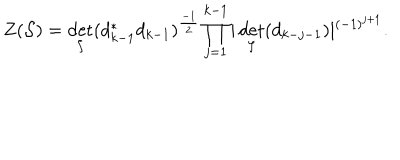
Z ( { \cal S } ) = \det _ { \zeta } ( d _ { k - 1 } ^ { * } d _ { k - 1 } ) ^ { \frac { - 1 } { 2 } } \prod _ { j = 1 } ^ { k - 1 } \vert \det _ { \zeta } ( d _ { k - j - 1 } ) \vert ^ { ( - 1 ) ^ { j + 1 } } .